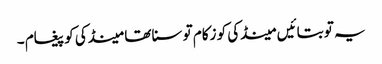
یہ تو بتائیں مینڈکی کو زکام تو سنا تھا مینڈکی کو پیغام ۔